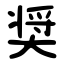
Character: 奨